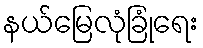
နယ်မြေလုံခြုံရေး